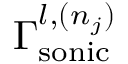
\Gamma _ { \mathrm { { s o n i c } } } ^ { l , ( n _ { j } ) }